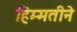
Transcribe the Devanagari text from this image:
हिम्मतीने